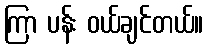
ကြာ ပန်း ဝယ်ချင်တယ်။